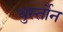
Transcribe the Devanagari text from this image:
थुर्स्तोन